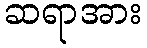
ဆရာအား